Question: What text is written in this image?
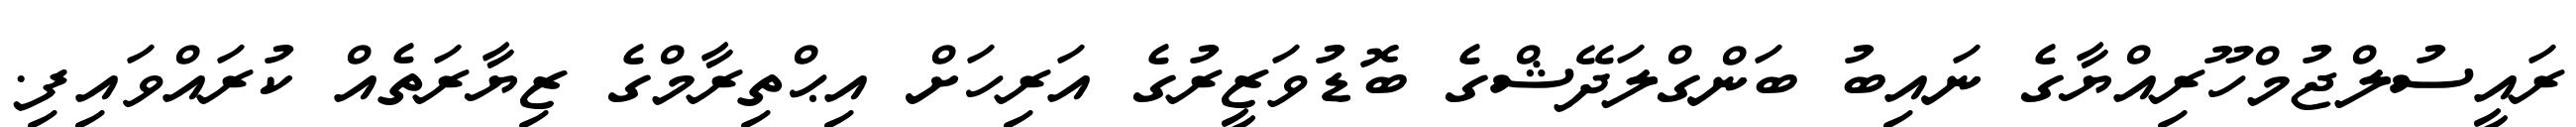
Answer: ރައީސުލްޖުމްހޫރިއްޔާގެ ނައިބު ބަންގްލަދޭޝްގެ ބޮޑުވަޒީރުގެ އަރިހަށް އިޙްތިރާމްގެ ޒިޔާރަތެއް ކުރައްވައިފި.